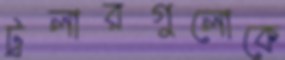
ট্রলারগুলোকে